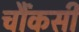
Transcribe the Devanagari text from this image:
चौंकसी